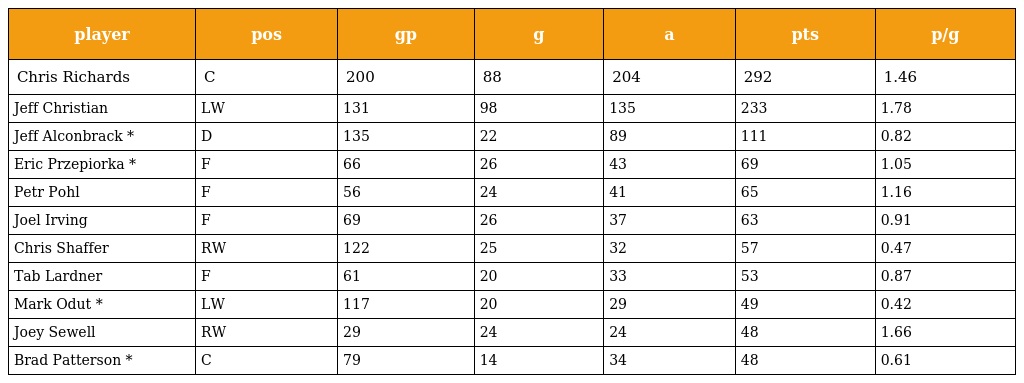
| player | pos | gp | g | a | pts | p/g |
 | --- | --- | --- | --- | --- | --- | --- |
 | Chris Richards | C | 200 | 88 | 204 | 292 | 1.46 |
 | Jeff Christian | LW | 131 | 98 | 135 | 233 | 1.78 |
 | Jeff Alconbrack * | D | 135 | 22 | 89 | 111 | 0.82 |
 | Eric Przepiorka * | F | 66 | 26 | 43 | 69 | 1.05 |
 | Petr Pohl | F | 56 | 24 | 41 | 65 | 1.16 |
 | Joel Irving | F | 69 | 26 | 37 | 63 | 0.91 |
 | Chris Shaffer | RW | 122 | 25 | 32 | 57 | 0.47 |
 | Tab Lardner | F | 61 | 20 | 33 | 53 | 0.87 |
 | Mark Odut * | LW | 117 | 20 | 29 | 49 | 0.42 |
 | Joey Sewell | RW | 29 | 24 | 24 | 48 | 1.66 |
 | Brad Patterson * | C | 79 | 14 | 34 | 48 | 0.61 |